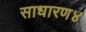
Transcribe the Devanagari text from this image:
साधारण४